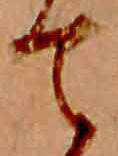
て